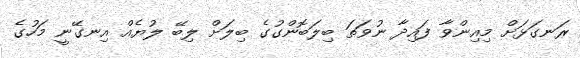
ރަނގަޅަށް މިއިންވާ ފައިދާ ނުވަތަ ބިލަބޮންގުގެ ބިލަށް ލިބޭ ލުޔެއް އިނގޭނީ މަހުގެ